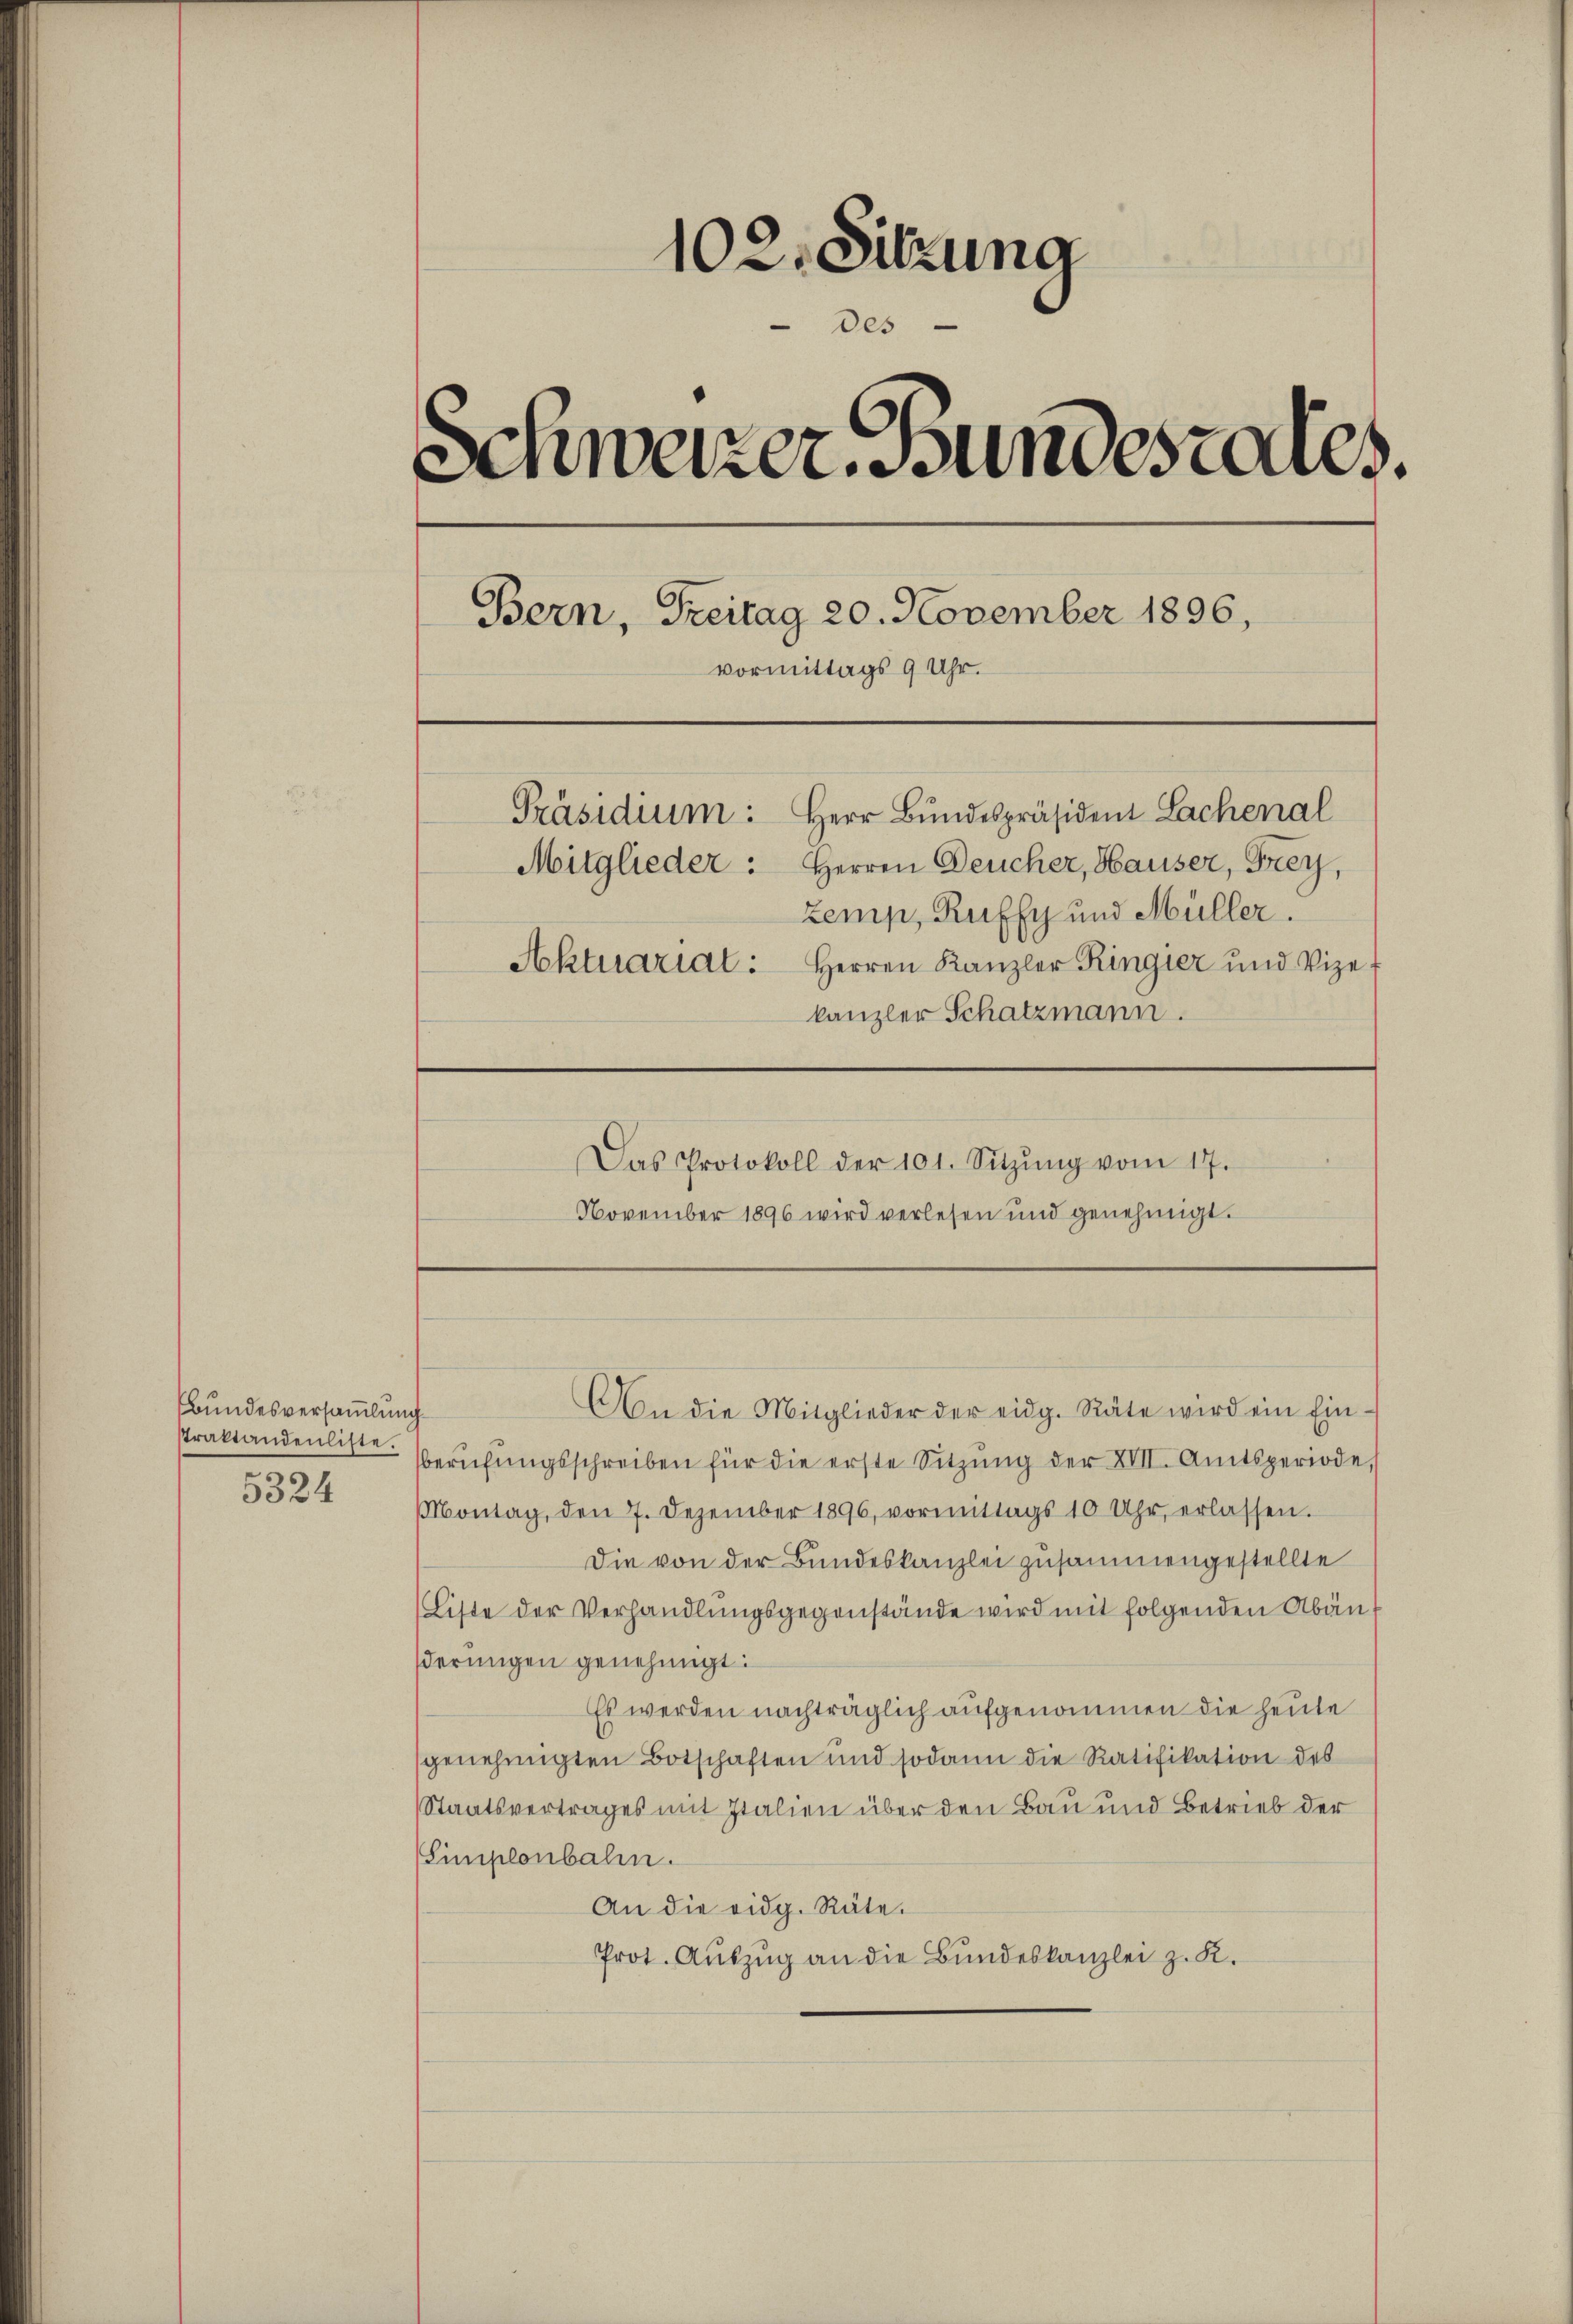
bundesversammlung
straktandenliste.
5324

102. Sitzung
des
Schweizer. Bundestares.
Bern, Freitag 20. November 1896,
vormittags 9 Uhr.
Präsidium: Herr Bundespräsident Lachenal
Mitglieder: Herren Deucher, Hauser, Frey,
Zemp, Ruffy und Müller.
Aktuariat: Herren Kanzler Ringier und Vize-
kanzler Schatzmann.

Das Protokoll der 101. Sitzŭng vom 17.
November 1896 wird verlesen und genehmigt.

berŭfŭngsschreiben für die erste Sitzŭng der XVII. Amtsperiode,
Montag, den 7. Dezember 1896, vormittags 10 Uhr, erlassen.
Die von der Bundeskanzlei zusammengestellte
Liste der Verhandlungsgegenstände wird mit folgenden Abän
derungen genehmigt:
Es werden nachträglich aufgenommen die heute
genehmigten Botschaften und sodann die Ratifikation des
Staatsvertrages mit Italien über den Bau und Betrieb der
Simplonbahn.
An die eidg. Räte.
Prot. Auszug an die Bundeskanzlei z. K.

An die Mitglieder der eidg. Räte wird ein Ein-